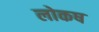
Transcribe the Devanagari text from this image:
लोकष